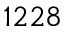
1 2 2 8